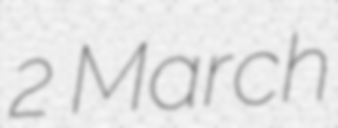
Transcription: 2 March